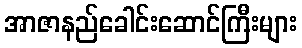
အာဇာနည်ခေါင်းဆောင်ကြီးများ